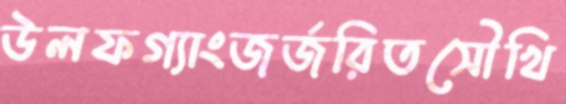
উলফগ্যাংজর্জরিতসৌখি